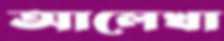
আলেখা